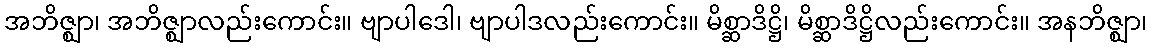
အဘိဇ္ဈာ၊ အဘိဇ္ဈာလည်းကောင်း။ ဗျာပါဒေါ၊ ဗျာပါဒလည်းကောင်း။ မိစ္ဆာဒိဋ္ဌိ၊ မိစ္ဆာဒိဋ္ဌိလည်းကောင်း။ အနဘိဇ္ဈာ၊